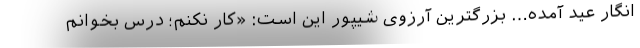
انگار عید آمده… بزرگترین آرزوی شیپور این است: «کار نکنم؛ درس بخوانم